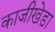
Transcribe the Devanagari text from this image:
काजीखेड़ा